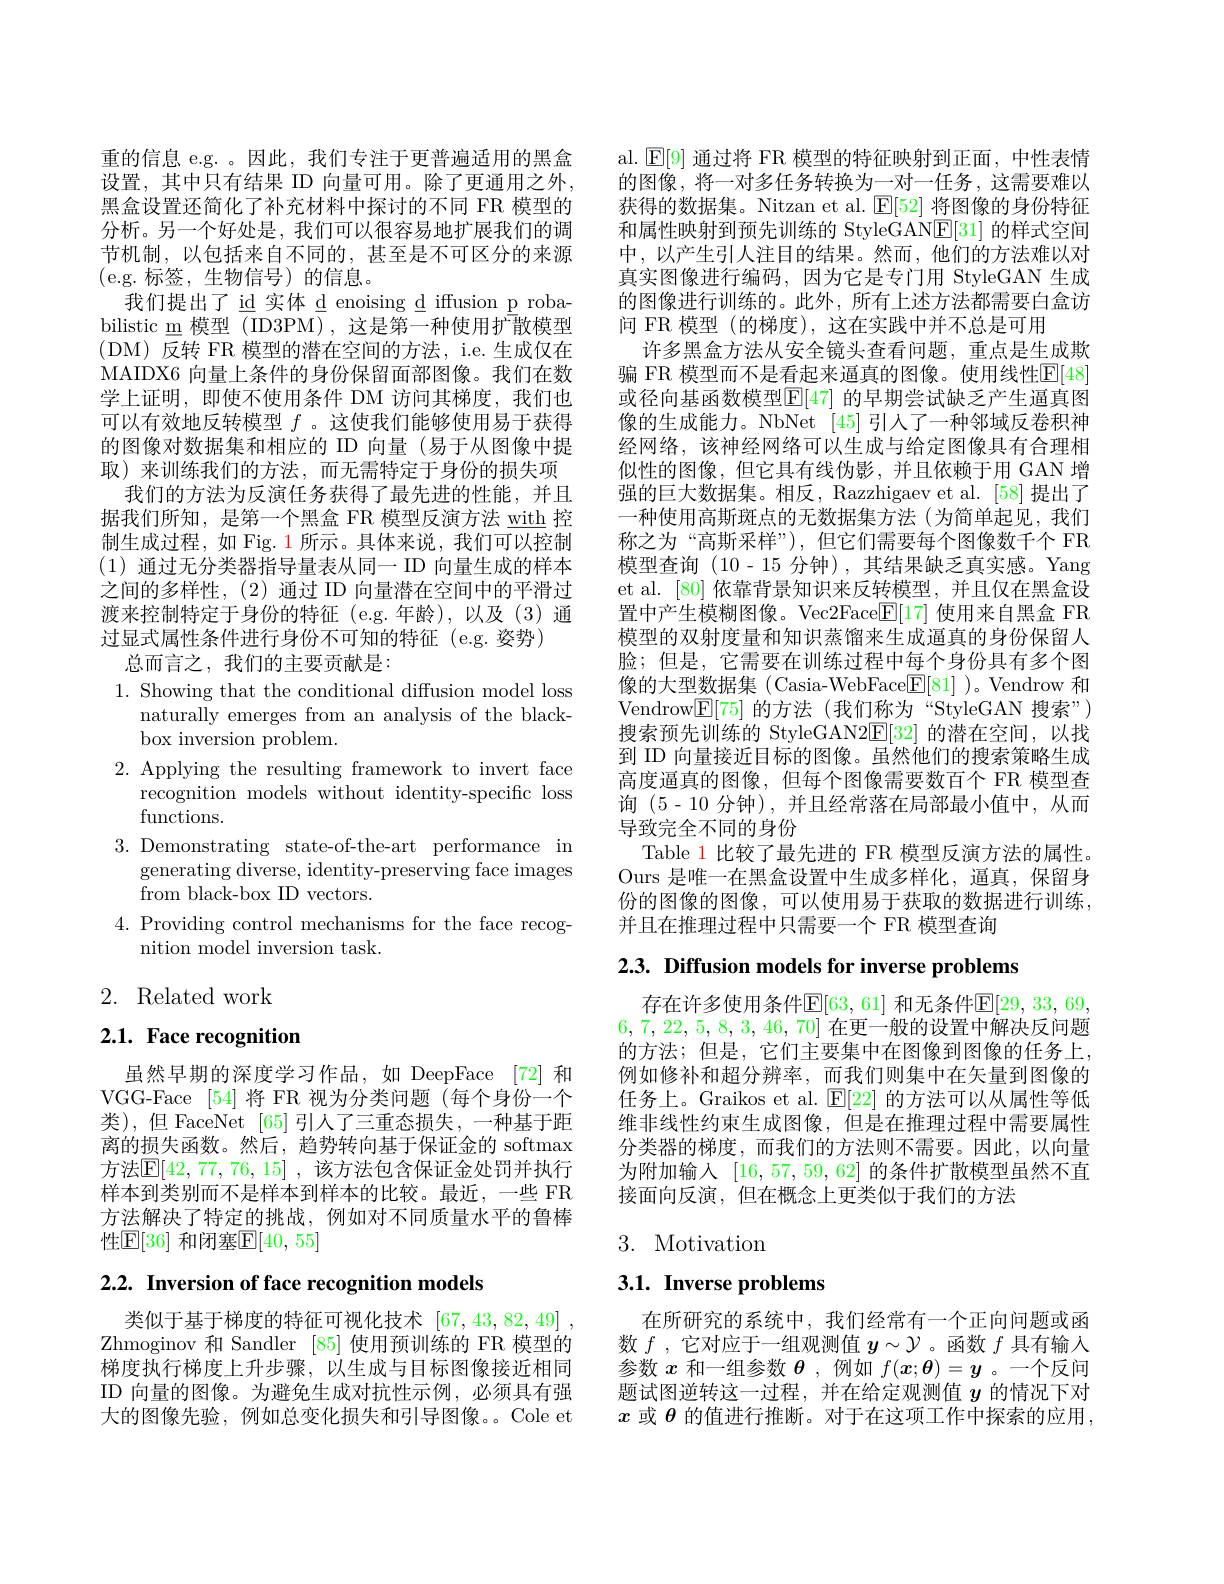
重的信息 e.g. 。因此，我们专注于更普遍适用的黑盒设置，其中只有结果 ID 向量可用。除了更通用之外， 黑盒设置还简化了补充材料中探讨的不同 FR 模型的分析。另一个好处是，我们可以很容易地扩展我们的调节机制，以包括来自不同的，甚至是不可区分的来源(e.g.标签，生物信号)的信息。
我们提出了 id 实体 d enoising d iffusion p robabilistic m 模型 (ID3PM) ,这是第一种使用扩散模型( DM) ${\text{反 转 FR 模 型 的 潜 在 空 间 的 方 法 , i. e. 生 成 仅 在 }}$ MAIDX6 向量上条件的身份保留面部图像。我们在数学上证明，即使不使用条件 DM 访问其梯度，我们也可以有效地反转模型$f$ 。这使我们能够使用易于获得的图像对数据集和相应的 ID 向量 (易于从图像中提取)来训练我们的方法，而无需特定于身份的损失项
我们的方法为反演任务获得了最先进的性能，并且据我们所知，是第一个黑盒 FR 模型反演方法 with 控制生成过程，如 Fig. 1 所示。具体来说，我们可以控制(1)通过无分类器指导量表从同一 ID 向量生成的样本之间的多样性，(2)通过 ID 向量潜在空间中的平滑过渡来控制特定于身份的特征 (e.g.年龄),以及(3)通过显式属性条件进行身份不可知的特征(e.g.资势)
总而言之，我们的主要贡献是：
1. Showing that the conditional diffusion model loss

naturally emerges from an analysis of the black-
box inversion problem.
2. Applying the resulting framework to invert face
recognition models without identity-specific loss
functions.
3.Demonstrating state-of-the-art performance in
generating diverse, identity-preserving face images
from black-box ID vectors.
4. Providing control mechanisms for the face recog-
nition model inversion task.

# 2. Related work

## 2.1. Face recognition

虽然早期的深度学习作品，如 DeepFace [72] 和VGG-Face [54] 将 FR 视为分类问题(每个身份一个类),但 FaceNet [65]引人了三重态损失，一种基于距离的损失函数。然后，趋势转向基于保证金的 softmax 方法$\mathbb{E} [ 42, 77, 76, 15]$ ,该方法包含保证金处罚并执行样本到类别而不是样本到样本的比较。最近，一些 FR 方法解决了特定的挑战，例如对不同质量水平的鲁棒性$\mathbb{E}[36]$ 和闭塞$\mathbb{E}[40,55]$

$2. 2. \textbf{ Inversion of face recognition models}$

类似于基于梯度的特征可视化技术 [67,43,82,49] , Zhmoginov 和 Sandler [85] 使用预训练的 FR 模型的梯度执行梯度上升步骤，以生成与目标图像接近相同ID 向量的图像。为避免生成对抗性示例，必须具有强大的图像先验，例如总变化损失和引导图像。。Cole et

al. $\operatorname{E}[9]$通过将 FR 模型的特征映射到正面，中性表情的图像，将一对多任务转换为一对一任务，这需要难以获得的数据集。Nitzan et al. $\mathbb{E}[52]$将图像的身份特征和属性映射到预先训练的 StyleGAN$\underline{\mathrm{E}}[31]$的样式空间中，以产生引人注目的结果。然而，他们的方法难以对真实图像进行编码，因为它是专门用 StyleGAN 生成的图像进行训练的。此外，所有上述方法都需要白盒访问 FR 模型(的梯度),这在实践中并不总是可用
许多黑盒方法从安全镜头查看问题，重点是生成欺骗 FR 模型而不是看起来逼真的图像。使用线性E[48] 或径向基函数模型$[\mathbb{E}[47]$ 的早期尝试缺乏产生逼真图像的生成能力。NbNet [45]引人了一种邻域反卷积神经网络，该神经网络可以生成与给定图像具有合理相似性的图像，但它具有线伪影，并且依赖于用 GAN 增强的巨大数据集。相反，Razzhigaev et al. [58] 提出了一种使用高斯斑点的无数据集方法(为简单起见，我们称之为“高斯采样”),但它们需要每个图像数千个 FR 模型查询(10-15分钟),其结果缺乏真实感。Yang et al. [80] 依靠背景知识来反转模型，并且仅在黑盒设置中产生模糊图像。Vec2Face$\boxed{\mathrm{F}}[17]$使用来自黑盒 FR 模型的双射度量和知识蒸馏来生成逼真的身份保留人脸；但是，它需要在训练过程中每个身份具有多个图像的大型数据集 (Casia-WebFace$\boxed{\mathrm{F}}[81]$ )。Vendrow 和Vendrow$\boxed{\mathbb{E}}[75]$的方法 (我们称为“StyleGAN 搜索”) 搜索预先训练的 StyleGAN2E[32]的潜在空间，以找到 ID 向量接近目标的图像。虽然他们的搜索策略生成高度逼真的图像，但每个图像需要数百个 FR 模型查询 (5-10 分钟),并且经常落在局部最小值中，从而导致完全不同的身份
Table 1 比较了最先进的 FR 模型反演方法的属性。Ours 是唯一在黑盒设置中生成多样化，逼真，保留身份的图像的图像，可以使用易于获取的数据进行训练， 并且在推理过程中只需要一个 FR 模型查询

2.3. Diffusion models for inverse problems

存在许多使用条件$\mathbb{E}[63,61]$ 和无条件$\mathbb{E}[29,33,69$, 6,7,22,5,8,3,46,70]在更一般的设置中解决反问题的方法；但是，它们主要集中在图像到图像的任务上， 例如修补和超分辨率，而我们则集中在矢量到图像的任务上。Graikos et al. $\mathbb{E}[22]$的方法可以从属性等低维非线性约束生成图像，但是在推理过程中需要属性分类器的梯度，而我们的方法则不需要。因此，以向量为附加输入[16,57,59,62]的条件扩散模型虽然不直接面向反演，但在概念上更类似于我们的方法

# 3. Motivation

3.1. Inverse problems

在所研究的系统中，我们经常有一个正向问题或函数$f$ ,它对应于一组观测值$y\sim\mathcal{Y}$ 。函数$f$具有输入参数$x$和一组参数$\boldsymbol{\theta}$,例如$f(\boldsymbol{x};\boldsymbol{\theta})=\boldsymbol{y}$ 。一个反问题试图逆转这一过程，并在给定观测值$y$的情况下对$x$或$\theta$的值进行推断。对于在这项工作中探索的应用